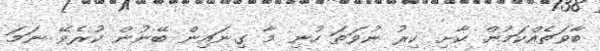
ބާވަތެއްކަމުން ކާށި ކިރު ނުވަތަ ހުނި މާ ގިނައިން ބޭނުން ކުރެވޭ ނަމަ